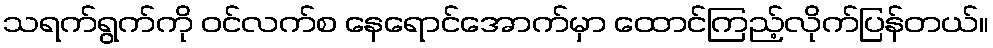
သရက်ရွက်ကို ဝင်လက်စ နေရောင်အောက်မှာ ထောင်ကြည့်လိုက်ပြန်တယ်။